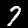
Digit: 7